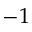
- 1